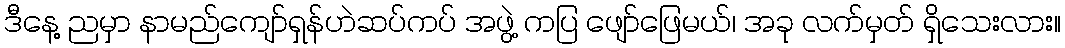
ဒီနေ့ ညမှာ နာမည်ကျော်ရှန်ဟဲဆပ်ကပ် အဖွဲ့ ကပြ ဖျော်ဖြေမယ်၊ အခု လက်မှတ် ရှိသေးလား။